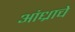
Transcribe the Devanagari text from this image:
आंध्राचे